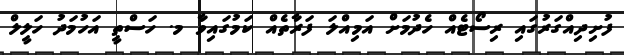
ފުށިދިއްގަރުގައި ރިސޯޓެއް ހެދުމަށް އަމިއްލަ ފަރާތެއް ކަމުގައިވާ މ. ހަސްތީ އަހުމަދު ހަލީލް